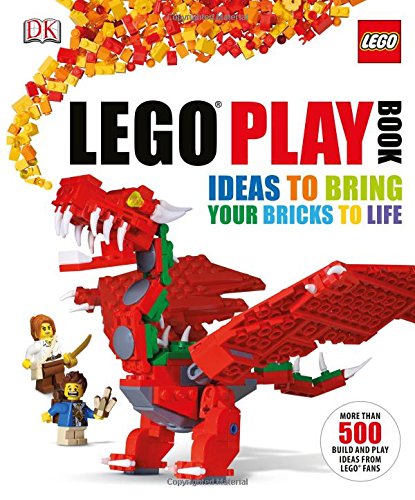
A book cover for LEGO Play Book: Ideas to Bring Your Bricks to Life; Daniel Lipkowitz; Crafts, Hobbies & Home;